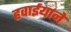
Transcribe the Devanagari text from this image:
हवाईयाने